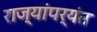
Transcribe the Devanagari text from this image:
राज्यांपर्यंत